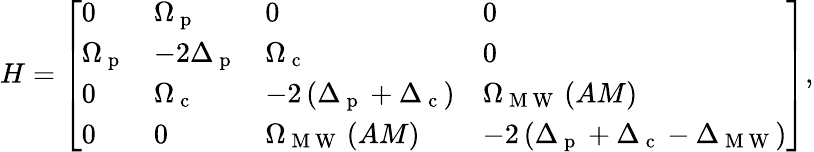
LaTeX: H=\left[\begin{array}{llll}{0}&{\Omega_{\mathrm{~p~}}}&{0}&{0}\\ {\Omega_{\mathrm{~p~}}}&{-2\Delta_{\mathrm{~p~}}}&{\Omega_{\mathrm{~c~}}}&{0}\\ {0}&{\Omega_{\mathrm{~c~}}}&{-2\left(\Delta_{\mathrm{~p~}}+\Delta_{\mathrm{~c~}}\right)}&{\Omega_{\mathrm{~M~W~}}\left(AM\right)}\\ {0}&{0}&{\Omega_{\mathrm{~M~W~}}\left(AM\right)}&{-2\left(\Delta_{\mathrm{~p~}}+\Delta_{\mathrm{~c~}}-\Delta_{{\mathrm{~M~W~}}}\right)}\end{array}\right],